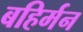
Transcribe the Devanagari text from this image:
बहिर्मन